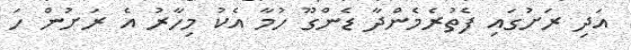
އަދި ރަށުގައި ފެތުރެމެންދާ ޑެންގޫ ހުމާ އެކު މިހާރު އެ ރަށުން ހަ